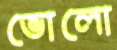
ভোলো